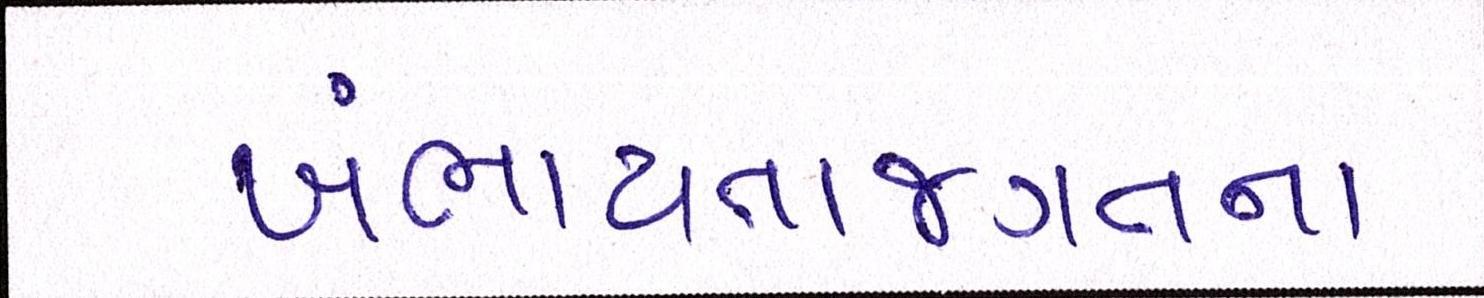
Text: ખંભાયતાજગતના